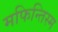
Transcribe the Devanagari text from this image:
मफिन्तिस्म